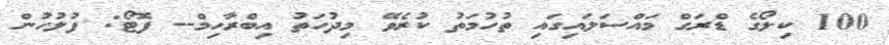
100 ކިލޯގެ ޑްރަގް މައްސަލައިގައި ތުހުމަތު ކުރެވޭ މިދުހަތު އިބްރާހިމް-- ފޮޓޯ: ފުލުހުން